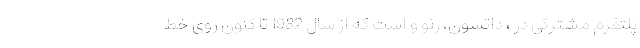
پلتفرم مشترکی در ، داتسون، رنو و است که از سال 1982 تا کنون روی خط